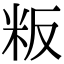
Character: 粄